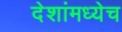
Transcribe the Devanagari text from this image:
देशांमध्येच